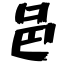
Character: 邑